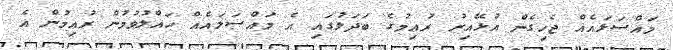
މައްސަލައެއް ޖެހިގެން އުޅޭއިރު ރުއިމުގެ ބަދަލުގައި އެ މައްސަލައެއް ހައްލުވުމުން ރުއިމުން އެ